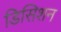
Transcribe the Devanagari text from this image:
डिसिशन